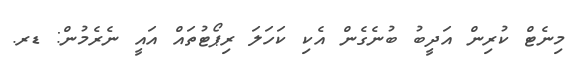
މިނެޓް ކުރިން އަދީބު ބުނެގެން އެކި ކަހަލަ ރިޕޯޓުތައް އައީ ނެރެމުން: ޑރ.